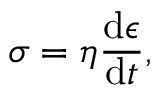
\sigma = \eta \frac { \mathrm { d } \epsilon } { \mathrm { d } t } ,